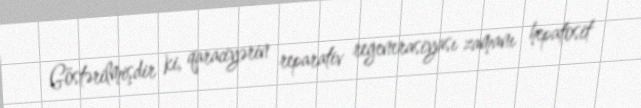
Göstərilmişdir ki, qaraciyərin reparativ regenerasiyası zamanı hepatosit